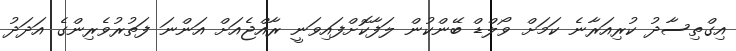
އިގްތިސާދު ކުރިއަރާނެ ކަމަށް ވޯލްޑް ބޭންކުން ލަފާކޮށްފައިވަނީ ރާއްޖެއަށް އަންނަ ފަތުރުވެރިންގެ އަދަދު